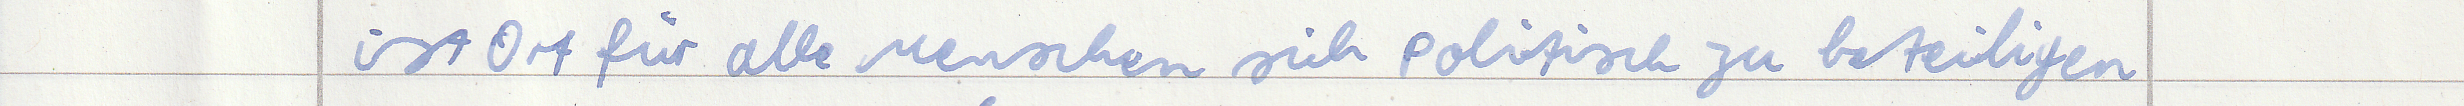
ist Ort für alle Menschen sich politisch zu beteiligen